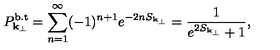
P _ { { \bf k } _ { \perp } } ^ { \mathrm { b . t } } = \sum _ { n = 1 } ^ { \infty } ( - 1 ) ^ { n + 1 } e ^ { - 2 n S _ { { \bf k } _ { \perp } } } = \frac { 1 } { e ^ { 2 S _ { { \bf k } _ { \perp } } } + 1 } ,